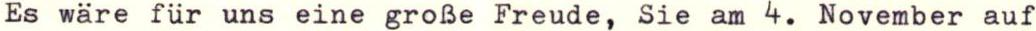
Es wäre für uns eine große Freude, Sie am 4. November auf